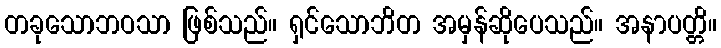
တခုသောဘဝသာ ဖြစ်သည်။ ရှင်သောဘိတ အမှန်ဆိုပေသည်။ အနာပတ္တိ။